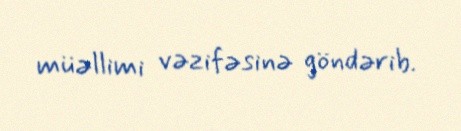
müəllimi vəzifəsinə göndərib.